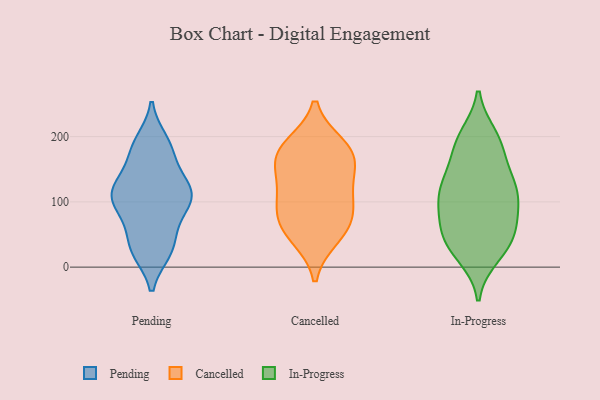
{"axis": {"x": "Energy Usage (MWh)", "y": "Value"}, "legend": ["Cancelled", "In-Progress", "Pending"], "data": [{"x": "", "y": 179, "type": "Pending"}, {"x": "", "y": 25, "type": "Pending"}, {"x": "", "y": 117, "type": "Pending"}, {"x": "", "y": 192, "type": "Pending"}, {"x": "", "y": 68, "type": "Pending"}, {"x": "", "y": 111, "type": "Pending"}, {"x": "", "y": 29, "type": "Pending"}, {"x": "", "y": 134, "type": "Pending"}, {"x": "", "y": 114, "type": "Pending"}, {"x": "", "y": 101, "type": "Pending"}, {"x": "", "y": 176, "type": "Pending"}, {"x": "", "y": 85, "type": "Pending"}, {"x": "", "y": 30, "type": "Pending"}, {"x": "", "y": 117, "type": "Pending"}, {"x": "", "y": 168, "type": "Cancelled"}, {"x": "", "y": 125, "type": "Cancelled"}, {"x": "", "y": 63, "type": "Cancelled"}, {"x": "", "y": 175, "type": "Cancelled"}, {"x": "", "y": 47, "type": "Cancelled"}, {"x": "", "y": 167, "type": "Cancelled"}, {"x": "", "y": 93, "type": "Cancelled"}, {"x": "", "y": 68, "type": "Cancelled"}, {"x": "", "y": 185, "type": "Cancelled"}, {"x": "", "y": 113, "type": "Cancelled"}, {"x": "", "y": 50, "type": "In-Progress"}, {"x": "", "y": 41, "type": "In-Progress"}, {"x": "", "y": 146, "type": "In-Progress"}, {"x": "", "y": 32, "type": "In-Progress"}, {"x": "", "y": 122, "type": "In-Progress"}, {"x": "", "y": 98, "type": "In-Progress"}, {"x": "", "y": 114, "type": "In-Progress"}, {"x": "", "y": 79, "type": "In-Progress"}, {"x": "", "y": 63, "type": "In-Progress"}, {"x": "", "y": 185, "type": "In-Progress"}, {"x": "", "y": 200, "type": "In-Progress"}, {"x": "", "y": 194, "type": "In-Progress"}, {"x": "", "y": 116, "type": "In-Progress"}, {"x": "", "y": 185, "type": "In-Progress"}, {"x": "", "y": 70, "type": "In-Progress"}, {"x": "", "y": 18, "type": "In-Progress"}, {"x": "", "y": 30, "type": "In-Progress"}, {"x": "", "y": 129, "type": "In-Progress"}, {"x": "", "y": 116, "type": "In-Progress"}]}